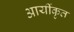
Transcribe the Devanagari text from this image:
आर्यीकृत